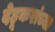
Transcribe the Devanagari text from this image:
देहूकरांच्या